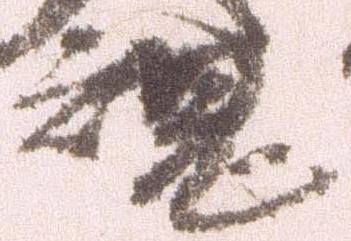
魂